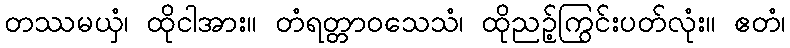
တဿမယှံ၊ ထိုငါအား။ တံရတ္တာဝသေသံ၊ ထိုညဉ့်ကြွင်းပတ်လုံး။ ဧတံ၊